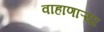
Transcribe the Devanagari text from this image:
वाहाणाऱ्या